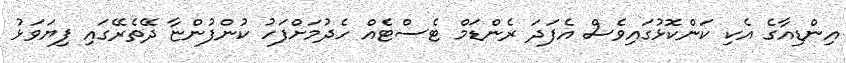
އިންޑިއާގެ އެކި ކަންކޮޅުގައިވެސް އެފަދަ ރެންޑަމް ޓެސްޓެއް ހެދުމަށްފަހު ކުންފުންޏާ ދޭތެރޭގައި ފިޔަވަޅު